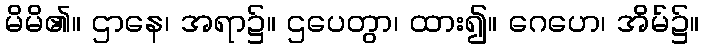
မိမိ၏။ ဌာနေ၊ အရာ၌။ ဌပေတွာ၊ ထား၍။ ဂေဟေ၊ အိမ်၌။